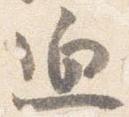
迫